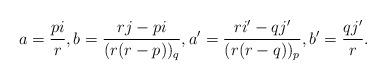
LaTeX: \begin{align*} a = \dfrac{p i}{r}, b = \dfrac{r j- p i}{(r(r-p))_q}, a'= \dfrac{r i'- q j'}{(r(r-q))_p}, b'= \dfrac{q j'}{r}. \end{align*}